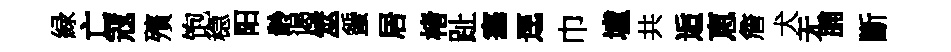
緑亡冦殯饱稳阳龄谒筮蜑居楮趾塞逕巾壚共逅恵詹犬无脯斷